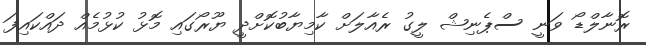
ރޮނާލްޑޯ ވަނީ ސްޕެނިޝް ލީގު ރެއާލަށް ކާމިޔާބުކޮށްދީ ޔޫރޯގައި މޮޅު ކުޅުމެއް ދައްކައިފަ